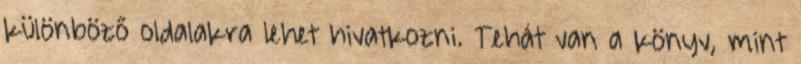
különböző oldalakra lehet hivatkozni. Tehát van a könyv, mint